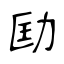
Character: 劻